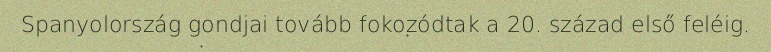
Spanyolország gondjai tovább fokozódtak a 20. század első feléig.